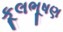
કૂલભૂષણ